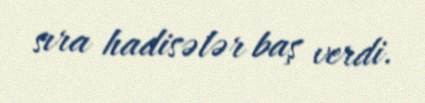
sıra hadisələr baş verdi.